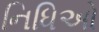
નિધિઓ